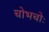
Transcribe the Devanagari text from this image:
चोभचोः